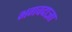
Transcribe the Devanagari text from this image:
भगवदाज्ञा